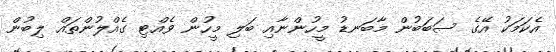
އެކަމަކު އޭގެ ސަބަބުން މާބަނޑު މީހުންނާއި ބަލި މީހުން ވެއްޓި ގެއްލުންތައް ލިބުން